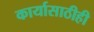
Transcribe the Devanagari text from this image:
कार्यासाठीही